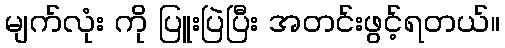
မျက်လုံး ကို ပြူးပြဲပြီး အတင်းဖွင့်ရတယ်။